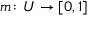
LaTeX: m \colon U \rightarrow [ 0 , 1 ]